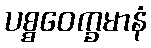
ပစ္စဝေက္ခမာနံ